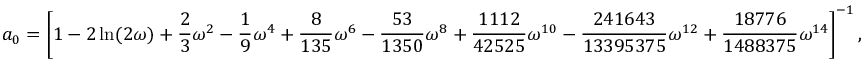
a _ { 0 } = \left[ 1 - 2 \ln ( 2 \omega ) + \frac { 2 } { 3 } \omega ^ { 2 } - \frac { 1 } { 9 } \omega ^ { 4 } + \frac { 8 } { 1 3 5 } \omega ^ { 6 } - \frac { 5 3 } { 1 3 5 0 } \omega ^ { 8 } + \frac { 1 1 1 2 } { 4 2 5 2 5 } \omega ^ { 1 0 } - \frac { 2 4 1 6 4 3 } { 1 3 3 9 5 3 7 5 } \omega ^ { 1 2 } + \frac { 1 8 7 7 6 } { 1 4 8 8 3 7 5 } \omega ^ { 1 4 } \right] ^ { - 1 } ,